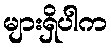
များရှိပါက